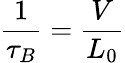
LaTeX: {\frac{1}{\tau_{B}}}={\frac{V}{L_{0}}}